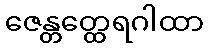
ဇေန္တတ္ထေရဂါထာ